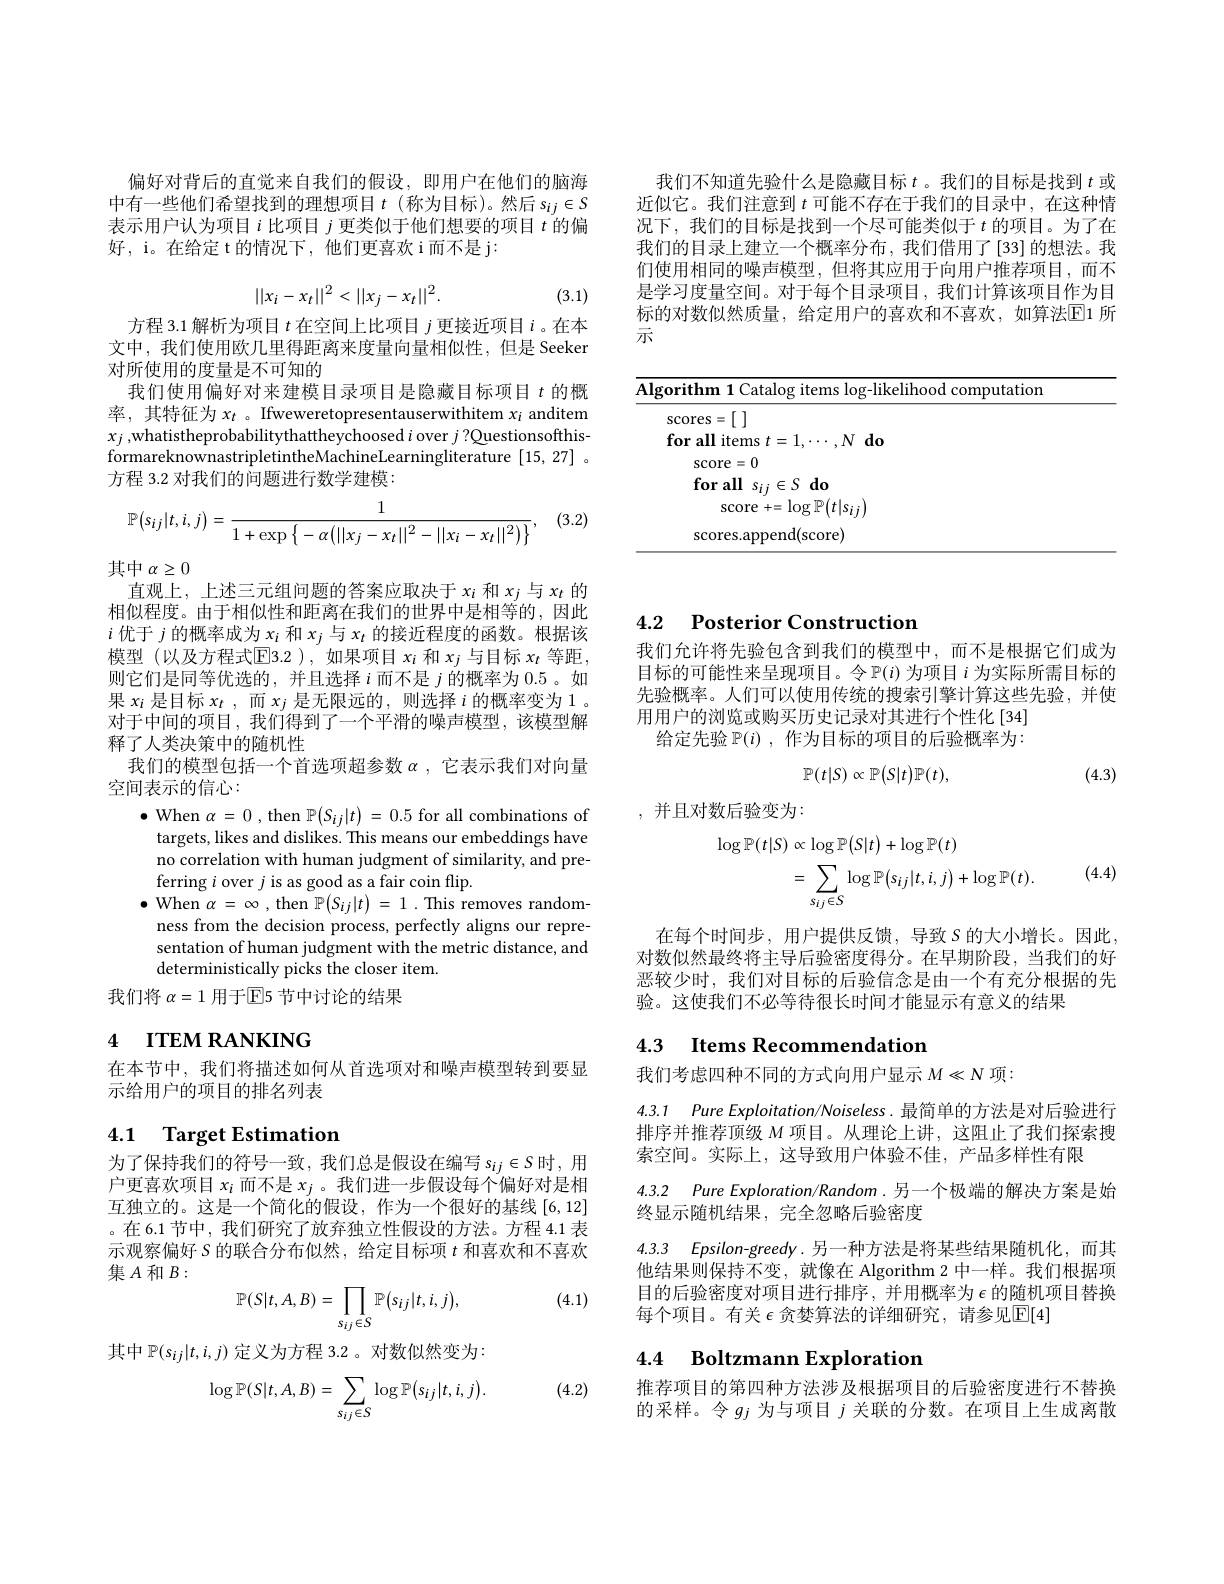
我们不知道先验什么是隐藏目标$t$ 。我们的目标是找到$t$或近似它。我们注意到$t$可能不存在于我们的目录中，在这种情况下，我们的目标是找到一个尽可能类似于$t$的项目。为了在我们的目录上建立一个概率分布，我们借用了[33]的想法。我们使用相同的噪声模型，但将其应用于向用户推荐项目，而不是学习度量空间。对于每个目录项目，我们计算该项目作为目标的对数似然质量，给定用户的喜欢和不喜欢，如算法$\overline{\mathrm{E}}$1 所示

<table>
	<tbody>
		<tr>
			<th>$A$</th>
			<th>Algorithm 1 Catalog items log-likelihood computation</th>
			<th>alog items log-likelihood computation</th>
		</tr>
		<tr>
			<th> </th>
			<th>$\sec$scores=[ ] $\textbf{for all items }t= 1, \cdots , N\textbf{do}$</th>
			<th>$t= 1, \cdots , N\textbf{do}$</th>
		</tr>
		<tr>
			<td> </td>
			<td>$\operatorname{score}=0$</td>
			<td> </td>
		</tr>
		<tr>
			<td> </td>
			<td>$\mathbf{forall}$ $s_{ij}\in S$ do</td>
			<td>$i\in S$do</td>
		</tr>
		<tr>
			<td> </td>
			<td>$\operatorname{score}+=\operatorname{log}\mathbb{P}(t|s_{ij})$</td>
			<td>$+=\log\mathbb{P}(t|s_{ij})$</td>
		</tr>
		<tr>
			<td> </td>
			<td>(score) SCOres</td>
			<td>pend(score)</td>
		</tr>
	</tbody>
</table>

偏好对背后的直觉来自我们的假设，即用户在他们的脑海中有一些他们希望找到的理想项目$t$ (称为目标)。然后$s_ij\in S$ 表示用户认为项目$i$比项目$j$更类似于他们想要的项目$t$的偏好，i。在给定 t 的情况下，他们更喜欢 i 而不是 j:
$$||x_i-x_t||^2<||x_j-x_t||^2.$$
(3.1)

方程 3.1 解析为项目$t$在空间上比项目$j$更接近项目$i$ 。在本文中，我们使用欧几里得距离来度量向量相似性，但是 Seeker 对所使用的度量是不可知的
我们使用偏好对来建模目录项目是隐藏目标项目$t$的概率，其特征为$x_t$ 。Ifweweretopresentauserwithitem $x_i$ anditem $x_j$ ,whatistheprobabilitythattheychoosed $i$ over $j?$QuestionsofthisformareknownastripletintheMachineLearningliterature [15,27] 。方程 3.2 对我们的问题进行数学建模：

(3.2)
$$\mathbb{P}\big(s_{ij}|t,i,j\big)=\frac{1}{1+\exp\big\{-\alpha\big(||x_j-x_t||^2-||x_i-x_t||^2\big)\big\}},$$
其中$\alpha\geq0$
直观上，上述三元组问题的答案应取决于$x_i$和$x_j$与$x_t$的相似程度。由于相似性和距离在我们的世界中是相等的，因此$i$优于$j$的概率成为$x_i$和$x_j$与$x_t$的接近程度的函数。根据该模型(以及方程式$\overline{\mathrm{E}}$3.2 ),如果项目$x_i$和$x_j$与目标$x_t$等距， 则它们是同等优选的，并且选择$i$而不是$j$的概率为0.5 。如果$x_i$是目标$x_t$,而$x_j$是无限远的，则选择$i$的概率变为 1 。对于中间的项目，我们得到了一个平滑的噪声模型，该模型解释了人类决策中的随机性
我们的模型包括一个首选项超参数$\alpha$ ,它表示我们对向量
空间表示的信心：
$\bullet$ When $\alpha=0$, then $\mathbb{P}(S_ij|t)=0.5$ for all combinations of
targets, likes and dislikes. This means our embeddings have no correlation with human judgment of similarity, and preferring $i$ over $j$ is as good as a fair coin flip.
$\bullet$When$\alpha=\infty$,then$\mathbb{P}(S_{ij}|t)=1.$This removes randomness from the decision process, perfectly aligns our representation of human judgment with the metric distance, and deterministically picks the closer item.
我们将 $\alpha=1$ 用于$\mathbb{E}$5 节中讨论的结果

# 4 ITEM RANKING

在本节中，我们将描述如何从首选项对和噪声模型转到要显
示给用户的项目的排名列表

## 4.1 Target Estimation

为了保持我们的符号一致，我们总是假设在编写$s_{ij}\in S$时，用户更喜欢项目$x_i$而不是$x_j$ 。我们进一步假设每个偏好对是相互独立的。这是一个简化的假设，作为一个很好的基线[6,12] 。在 6.1 节中，我们研究了放弃独立性假设的方法。方程 4.1 表示观察偏好 S 的联合分布似然，给定目标项$t$和喜欢和不喜欢集$A$ 和 $B:$
$$\mathbb{P}(S|t,A,B)=\prod\limits_{s_{ij}\in S}\mathbb{P}\big(s_{ij}|t,i,j\big),$$
(4.1)

其中$\mathbb{P}(s_{ij}|t,i,j)$定义为方程 3.2 。对数似然变为：

(4.2)
$$\log\mathbb{P}(S|t,A,B)=\sum_{s_{ij}\in S}\log\mathbb{P}\big(s_{ij}|t,i,j\big).$$
4.2 Posterior Construction

我们允许将先验包含到我们的模型中，而不是根据它们成为目标的可能性来呈现项目。令$\mathbb{P}(i)$为项目$i$为实际所需目标的先验概率。人们可以使用传统的搜索引擎计算这些先验，并使用用户的浏览或购买历史记录对其进行个性化[34]
给定先验$\mathbb{P}(i)$ ,作为目标的项目的后验概率为：
$$\mathbb{P}(t|S)\propto\mathbb{P}\big(S|t\big)\mathbb{P}(t),$$
(4.3)

,并且对数后验变为：
$$\begin{aligned}\log\mathbb{P}(t|S)&\propto\log\mathbb{P}\big(S|t\big)+\log\mathbb{P}(t)\\&=\sum_{s_{ij}\in S}\log\mathbb{P}\big(s_{ij}|t,i,j\big)+\log\mathbb{P}(t).\end{aligned}$$
(4.4)

在每个时间步，用户提供反馈，导致$S$ 的大小增长。因此， 对数似然最终将主导后验密度得分。在早期阶段，当我们的好恶较少时，我们对目标的后验信念是由一个有充分根据的先验。这使我们不必等待很长时间才能显示有意义的结果

## 4.3 Items Recommendation

我们考虑四种不同的方式向用户显示$M\ll N$项：

4.3.1 Pure Exploitation/Noiseless. 最简单的方法是对后验进行排序并推荐顶级$M$项目。从理论上讲，这阻止了我们探索搜

索空间。实际上，这导致用户体验不佳，产品多样性有限
4.3.2 Pure Exploration/Random.另一个极端的解决方案是始

终显示随机结果，完全忽略后验密度
4.3.3 Epsilon-greedy.另一种方法是将某些结果随机化，而其他结果则保持不变，就像在 Algorithm 2 中一样。我们根据项目的后验密度对项目进行排序，并用概率为$\epsilon$的随机项目替换每个项目。有关 $\epsilon$ 贪婪算法的详细研究，请参见$\mathbb{E}[4]$

# 4.4 Boltzmann Exploration

推荐项目的第四种方法涉及根据项目的后验密度进行不替换的采样。令$g_j$为与项目$j$关联的分数。在项目上生成离散